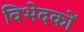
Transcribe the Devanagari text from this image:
विभेदकों